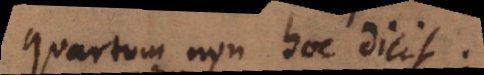
quartum non hoc dicit